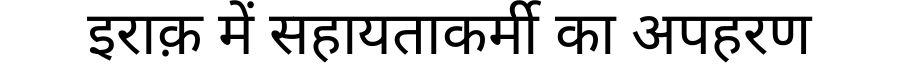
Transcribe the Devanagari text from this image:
इराक़ में सहायताकर्मी का अपहरण